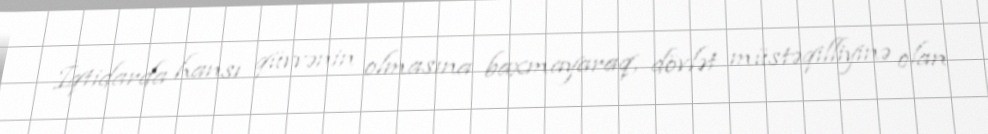
İqtidarda hansı qüvvənin olmasına baxmayaraq, dövlət müstəqilliyinə olan